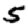
Digit: 5